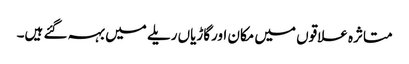
متاثرہ علاقوں میں مکان اورگاڑیاں ریلے میں بہہ گئے ہیں۔